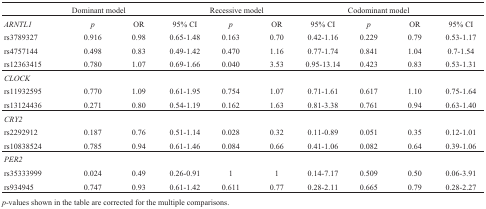
<table><thead><tr><td></td><td colspan="3"><b>Dominant model</b></td><td colspan="2"><b>Recessive model</b></td><td></td><td colspan="2"><b>Codominant model</b></td><td></td></tr></thead><tbody><tr><td><i>ARNTL1</i></td><td><i>p</i></td><td>OR</td><td>95% CI</td><td><i>p</i></td><td>OR</td><td>95% CI</td><td><i>p</i></td><td>OR</td><td>95% CI</td></tr><tr><td>rs3789327</td><td>0.916</td><td>0.98</td><td>0.65-1.48</td><td>0.163</td><td>0.70</td><td>0.42-1.16</td><td>0.229</td><td>0.79</td><td>0.53-1.17</td></tr><tr><td>rs4757144</td><td>0.498</td><td>0.83</td><td>0.49-1.42</td><td>0.470</td><td>1.16</td><td>0.77-1.74</td><td>0.841</td><td>1.04</td><td>0.7-1.54</td></tr><tr><td>rs12363415</td><td>0.780</td><td>1.07</td><td>0.69-1.66</td><td>0.040</td><td>3.53</td><td>0.95-13.14</td><td>0.423</td><td>0.83</td><td>0.53-1.31</td></tr><tr><td><i>CLOCK</i></td><td></td><td></td><td></td><td></td><td></td><td></td><td></td><td></td><td></td></tr><tr><td>rs11932595</td><td>0.770</td><td>1.09</td><td>0.61-1.95</td><td>0.754</td><td>1.07</td><td>0.71-1.61</td><td>0.617</td><td>1.10</td><td>0.75-1.64</td></tr><tr><td>rs13124436</td><td>0.271</td><td>0.80</td><td>0.54-1.19</td><td>0.162</td><td>1.63</td><td>0.81-3.38</td><td>0.761</td><td>0.94</td><td>0.63-1.40</td></tr><tr><td><i>CRY2</i></td><td></td><td></td><td></td><td></td><td></td><td></td><td></td><td></td><td></td></tr><tr><td>rs2292912</td><td>0.187</td><td>0.76</td><td>0.51-1.14</td><td>0.028</td><td>0.32</td><td>0.11-0.89</td><td>0.051</td><td>0.35</td><td>0.12-1.01</td></tr><tr><td>rs10838524</td><td>0.785</td><td>0.94</td><td>0.61-1.46</td><td>0.084</td><td>0.66</td><td>0.41-1.06</td><td>0.082</td><td>0.64</td><td>0.39-1.06</td></tr><tr><td><i>PER2</i></td><td></td><td></td><td></td><td></td><td></td><td></td><td></td><td></td><td></td></tr><tr><td>rs35333999</td><td>0.024</td><td>0.49</td><td>0.26-0.91</td><td>1</td><td>1</td><td>0.14-7.17</td><td>0.509</td><td>0.50</td><td>0.06-3.91</td></tr><tr><td>rs934945</td><td>0.747</td><td>0.93</td><td>0.61-1.42</td><td>0.611</td><td>0.77</td><td>0.28-2.11</td><td>0.665</td><td>0.79</td><td>0.28-2.27</td></tr></tbody></table>